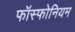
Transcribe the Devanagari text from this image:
फॉस्फोनियम